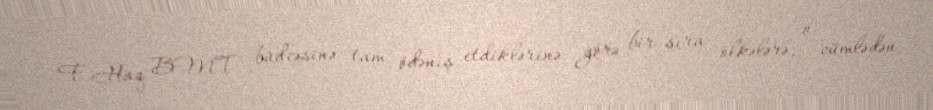
F.Haq BMT büdcəsinə tam ödəniş etdiklərinə görə bir sıra ölkələrə, o cümlədən